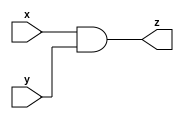
`timescale 1ns/10ps
module gac_and_gate_32 (x, y, z);
  input [31:0] x;
  input [31:0] y;
  output [31:0] z;
  
  assign z = (x&y) ;
  
  
endmodule